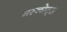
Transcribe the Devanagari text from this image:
मस्कोट्स